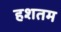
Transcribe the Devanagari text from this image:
हशतम